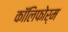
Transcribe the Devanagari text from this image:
कॉलिफोर्म